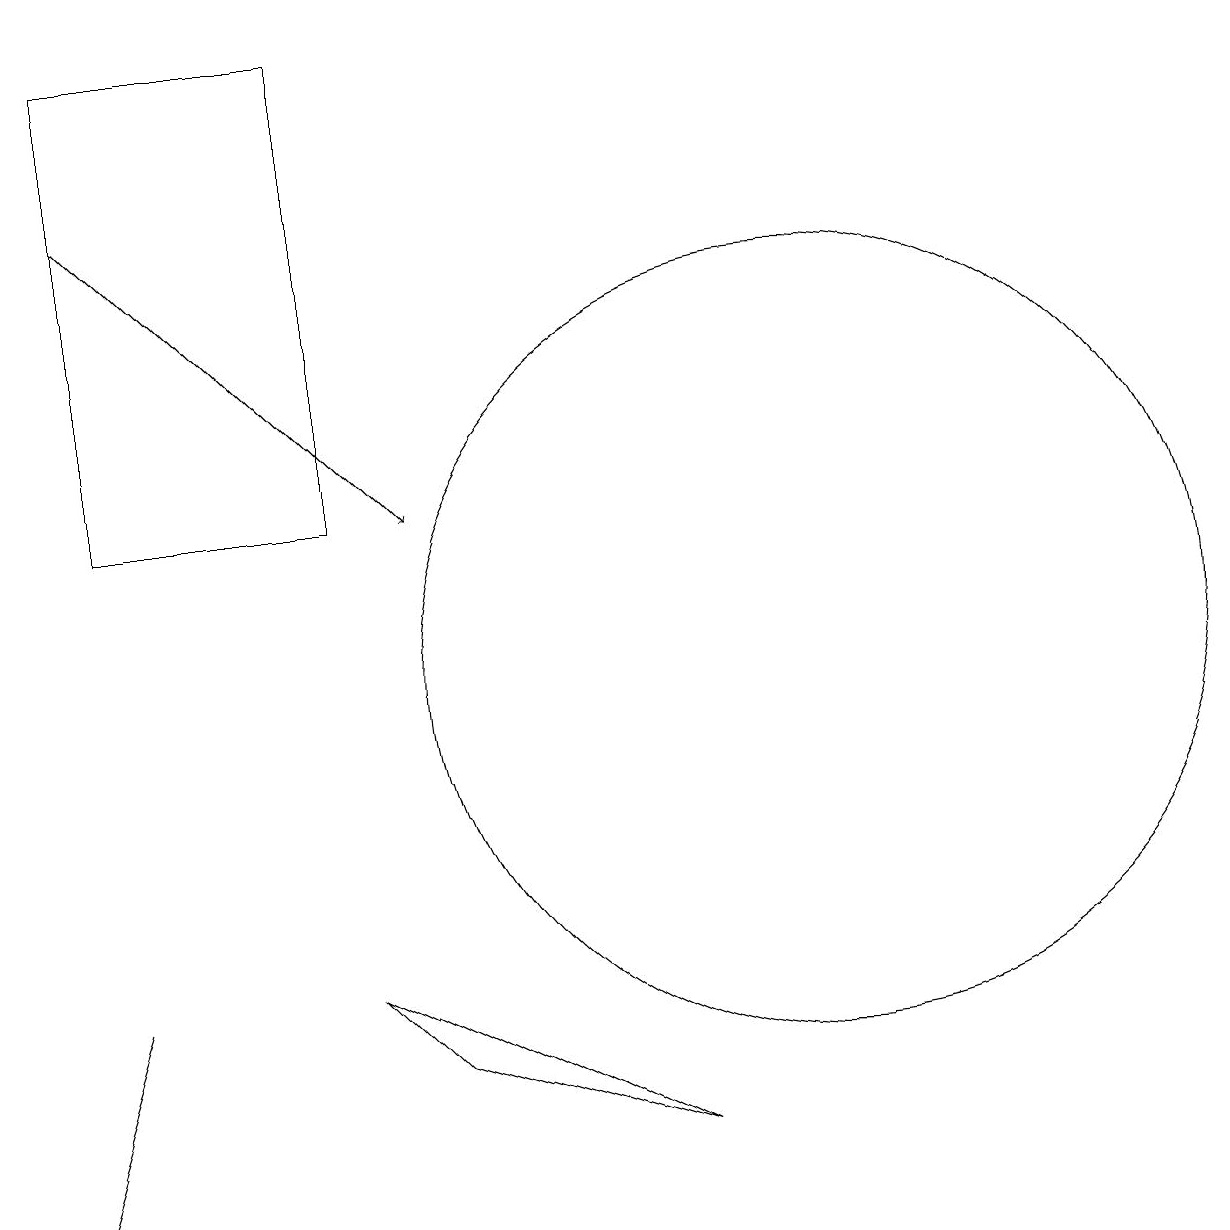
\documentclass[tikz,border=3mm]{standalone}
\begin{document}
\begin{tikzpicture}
\draw (10,11) circle (5);
\draw[->] (1,17) -- (5,13);
\draw (4,7) -- (8,5) -- (5,6) -- cycle;
\draw (1,13) rectangle (4,19);
\draw (1,7) -- (1,7) -- (0,4) -- cycle;
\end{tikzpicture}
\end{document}